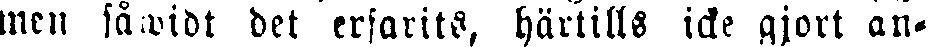
men såwidt det erfarits, härtills icke gjort an-